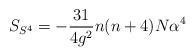
LaTeX: \begin{align*}S_{S^{4}}=-\frac{31}{4g^{2}}n(n+4)N\alpha^{4}\end{align*}